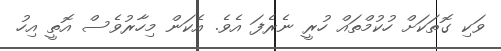
ވަކި ގޮތަކަށް ހުކުމްތައް ހުރީ ނެރެފަ އެވެ. އެކަން މިހާރުވެސް އޮތީ އިހު